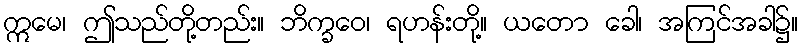
ဣမေ၊ ဤသည်တို့တည်း။ ဘိက္ခဝေ၊ ရဟန်းတို့။ ယတော ခေါ၊ အကြင်အခါ၌။